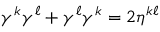
\gamma ^ { k } \gamma ^ { \ell } + \gamma ^ { \ell } \gamma ^ { k } = 2 \eta ^ { k \ell }